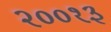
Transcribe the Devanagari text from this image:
२००१३